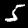
Digit: 5